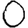
Digit: 0